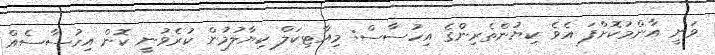
ވަނީ އާންމުކޮށްފަ އެވެ ކިޔުންތެރިންގެ އިހުސާސް: މިއާޓިކަލް ކިޔާލުމުން ކުރެވުނީ ކޮން އިހުސާސެއް